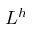
L ^ { h }